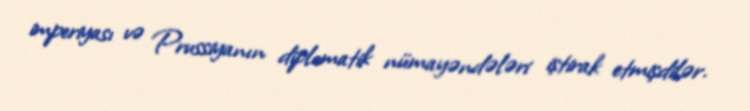
imperiyası və Prussiyanın diplomatik nümayəndələri iştirak etmişdilər.